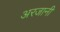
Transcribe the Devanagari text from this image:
अरजानी